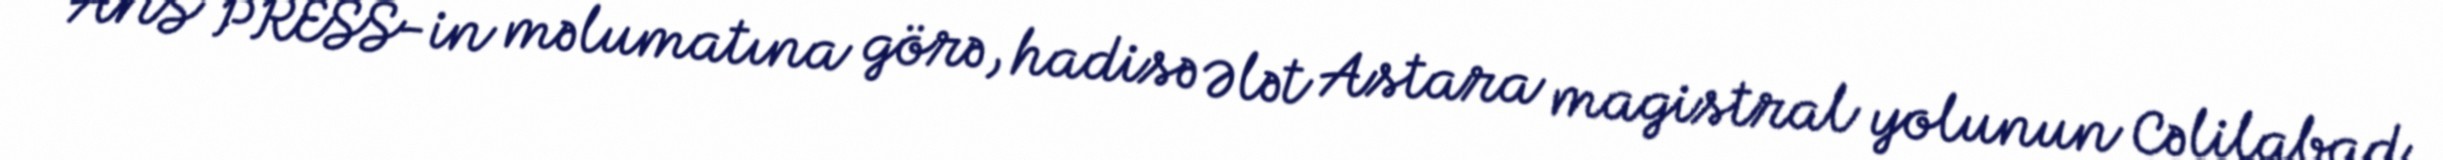
ANS PRESS-in məlumatına görə, hadisə Ələt Astara magistral yolunun Cəlilabad